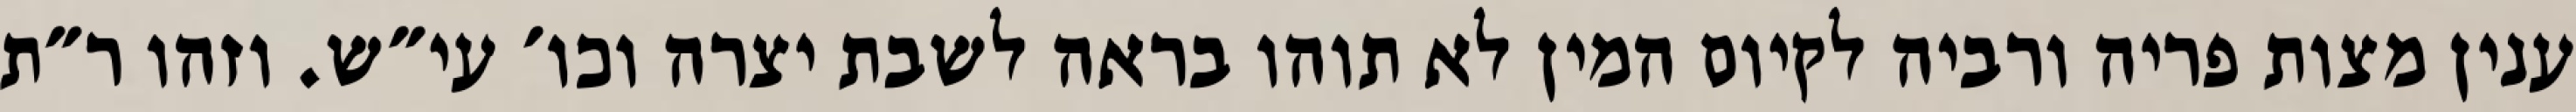
ענין מצות פריה ורביה לקיום המין לא תוהו בראה לשבת יצרה וכו׳ עי״ש. וזהו ר״ת